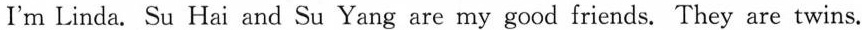
I'm Linda. Su Hai and Su Yang are my good friends. They are twins.